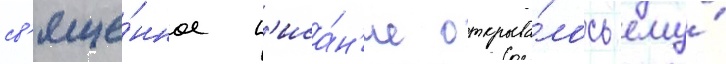
св'яще́нное п'иса́н'ие открыва́лось ему́